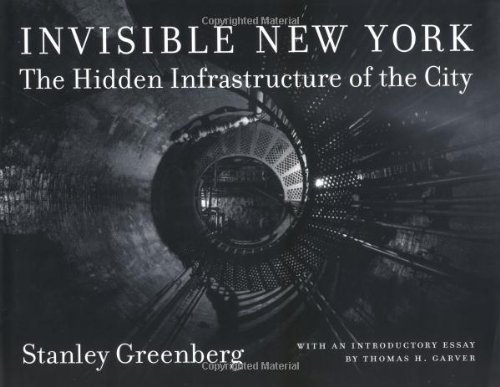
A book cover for Invisible New York: The Hidden Infrastructure of the City (Creating the North American Landscape); Stanley Greenberg; Travel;